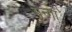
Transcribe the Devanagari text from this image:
गन्गा॑